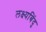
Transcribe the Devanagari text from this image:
लक्ष्यबिंदु